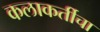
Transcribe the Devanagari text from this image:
कलाकर्तीचा